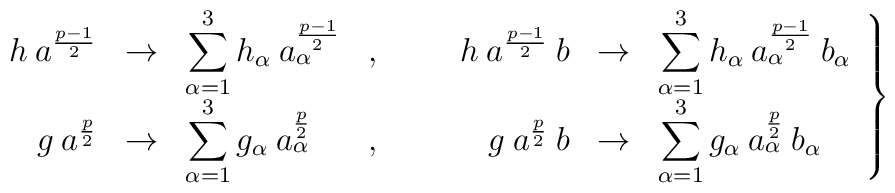
\left. \begin{array}{rclcrcl}h \:a^{\frac{p-1}{2}} & \rightarrow & \displaystyle \sum_{\alpha=1}^3 h_\alpha\:a_\alpha^{\frac{p-1}{2}} &,\;\;\;\;\;\;&h \:a^{\frac{p-1}{2}}\:b & \rightarrow & \displaystyle \sum_{\alpha=1}^3 h_\alpha\:a_\alpha^{\frac{p-1}{2}} \:b_\alpha \\g\:a^{\frac{p}{2}} & \rightarrow & \displaystyle \sum_{\alpha=1}^3 g_\alpha\:a_\alpha^{\frac{p}{2}} &,\;\;\;\;\;\;&g \:a^{\frac{p}{2}}\:b & \rightarrow & \displaystyle \sum_{\alpha=1}^3 g_\alpha\:a_\alpha^{\frac{p}{2}} \:b_\alpha\end{array} \right\}